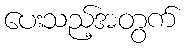
ပေးသည့်အတွက်